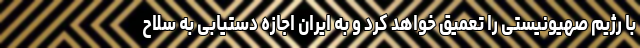
با رژیم صهیونیستی را تعمیق خواهد کرد و به ایران اجازه دستیابی به سلاح